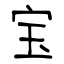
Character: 宝